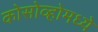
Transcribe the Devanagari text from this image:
कोसोव्होमध्ये